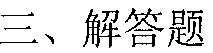
三、解答题